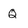
Character: Q